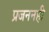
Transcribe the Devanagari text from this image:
प्रजननही